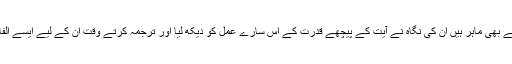
مگرامام احمد رضا علومِ دینیہ کے ساتھ ساتھ علومِ ارضیات کے بھی ماہر ہیں ان کی نگاہ نے آیت کے پیچھے قدرت کے اس سارے عمل کو دیکھ لیا اور ترجمہ کرتے وقت ان کے لیے ایسے الفاظ کا انتخاب کیا جو علومِ ارضیات کی عکاسی بھی کررہاہے۔